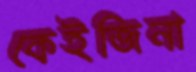
কেইজিনা